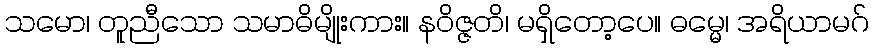
သမော၊ တူညီသော သမာဓိမျိုးကား။ နဝိဇ္ဇတိ၊ မရှိတော့ပေ။ ဓမ္မေ၊ အရိယာမဂ်